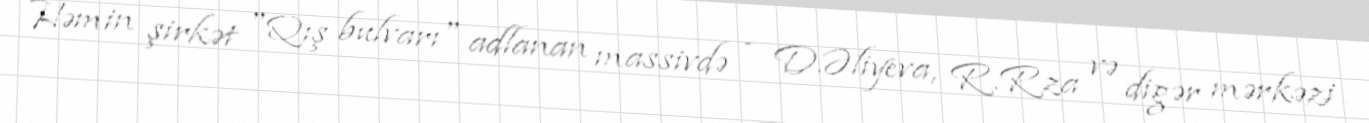
Həmin şirkət "Qış bulvarı" adlanan massivdə - D.Əliyeva, R.Rza və digər mərkəzi